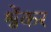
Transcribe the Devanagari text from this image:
श्वेंकर